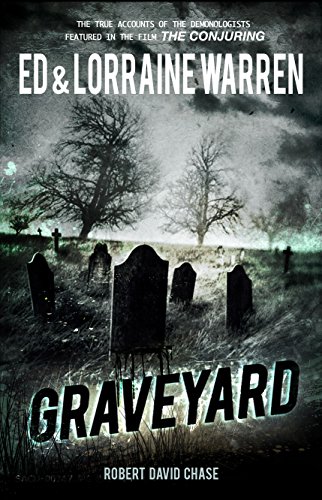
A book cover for Graveyard: True Hauntings from an Old New England Cemetery (Ed & Lorraine Warren); Ed Warren; Religion & Spirituality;